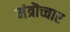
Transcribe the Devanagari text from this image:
मंत्रॊच्चार